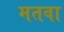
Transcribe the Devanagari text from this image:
मतवा